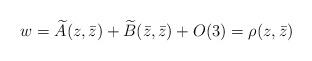
LaTeX: \begin{align*}w = \widetilde{A}(z,\bar{z}) + \widetilde{B}(\bar{z},\bar{z}) + O(3) =\rho(z,\bar{z})\end{align*}